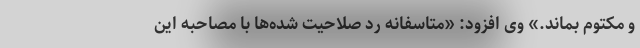
و مکتوم بماند.» وی افزود: «متاسفانه رد صلاحیت‌ شده‌ها با مصاحبه این